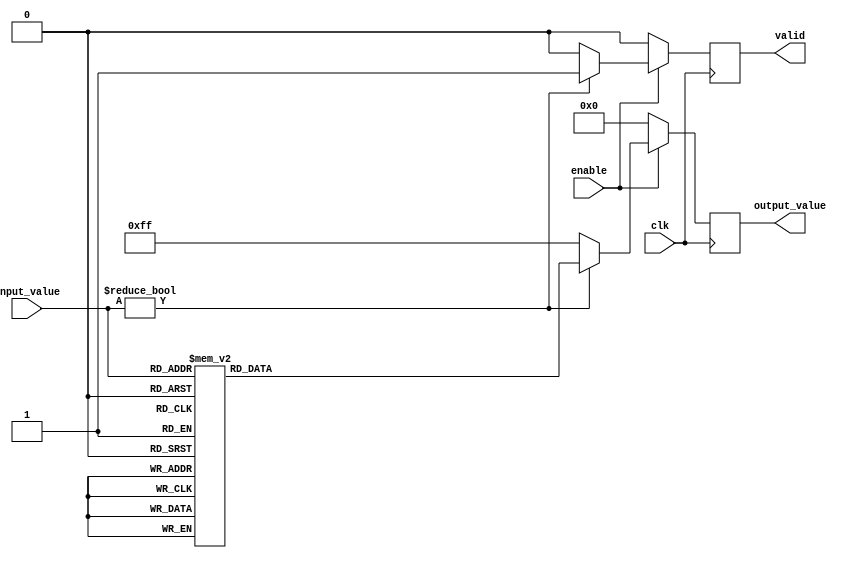
module ApproximateReciprocal #(
    parameter INPUT_WIDTH = 8,  // Width of the input value
    parameter OUTPUT_WIDTH = 8   // Width of the output value
)(
    input wire clk,               // Clock signal
    input wire enable,            // Enable signal
    input wire [INPUT_WIDTH-1:0] input_value, // Input value for which reciprocal is computed
    output reg [OUTPUT_WIDTH-1:0] output_value, // Approximate reciprocal output
    output reg valid              // Output valid signal
);

    // Lookup table for approximate reciprocal values
    reg [OUTPUT_WIDTH-1:0] lut [0:255]; // LUT for 8-bit input values

    initial begin
        // Initialize the LUT with approximate reciprocal values
        // For example, using a simple approximation for 1/x
        // This should be filled with appropriate values based on the application
        lut[0] = 8'hFF; // Approximation for 1/0 (undefined, handle separately)
        lut[1] = 8'hFF; // Approximation for 1/1
        lut[2] = 8'h7F; // Approximation for 1/2
        // Fill in other values...
        // For simplicity, we can use a linear approximation or any other method
        // This is just a placeholder for demonstration
        // You would typically compute these values based on your approximation method
        // ...
        lut[255] = 8'h01; // Approximation for 1/255
    end

    always @(posedge clk) begin
        if (enable) begin
            if (input_value != 0) begin
                output_value <= lut[input_value]; // Use LUT for approximation
                valid <= 1'b1; // Indicate valid output
            end else begin
                output_value <= 8'hFF; // Handle division by zero case
                valid <= 1'b0; // Invalid output
            end
        end else begin
            output_value <= 8'h00; // Reset output when not enabled
            valid <= 1'b0; // Invalid output
        end
    end

endmodule